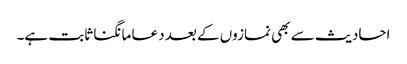
احادیث سے بھی نمازوں کے بعد دعا مانگنا ثابت ہے۔